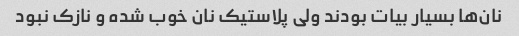
نان‌ها بسیار بیات بودند ولی پلاستیک نان خوب شده و نازک نبود